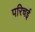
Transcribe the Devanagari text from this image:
परिचई